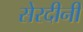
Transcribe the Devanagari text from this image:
सेरदीनी